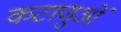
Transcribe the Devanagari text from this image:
कटाणुओं